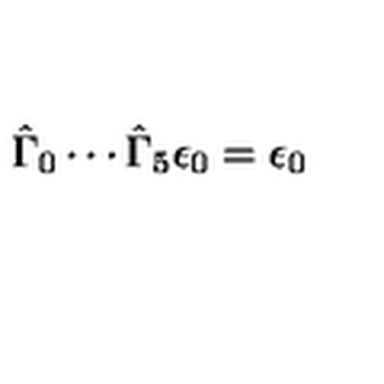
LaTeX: \hat { \Gamma } _ { 0 } \cdots \hat { \Gamma } _ { 5 } \epsilon _ { 0 } = \epsilon _ { 0 }